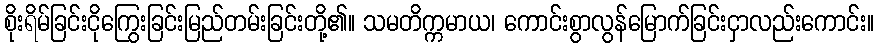
စိုးရိမ်ခြင်းငိုကြွေးခြင်းမြည်တမ်းခြင်းတို့၏။ သမတိက္ကမာယ၊ ကောင်းစွာလွန်မြောက်ခြင်းငှာလည်းကောင်း။